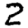
Digit: 2